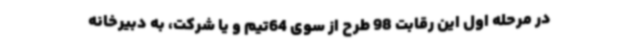
در مرحله اول این رقابت 98 طرح از سوی 64تیم و یا شرکت، به دبیرخانه